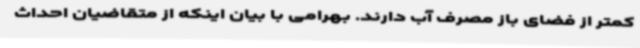
کمتر از فضای باز مصرف آب دارند. بهرامی با بیان اینکه از متقاضیان احداث